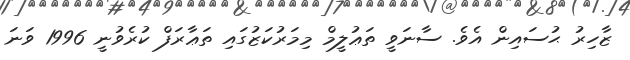
ޒާހިރު ޙުސައިން އެވެ. ސާނަވީ ތަޢުލީމް މިމަރުކަޒުގައި ތަޢާރަފް ކުރެވުނީ 1996 ވަނަ